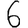
Digit: 6